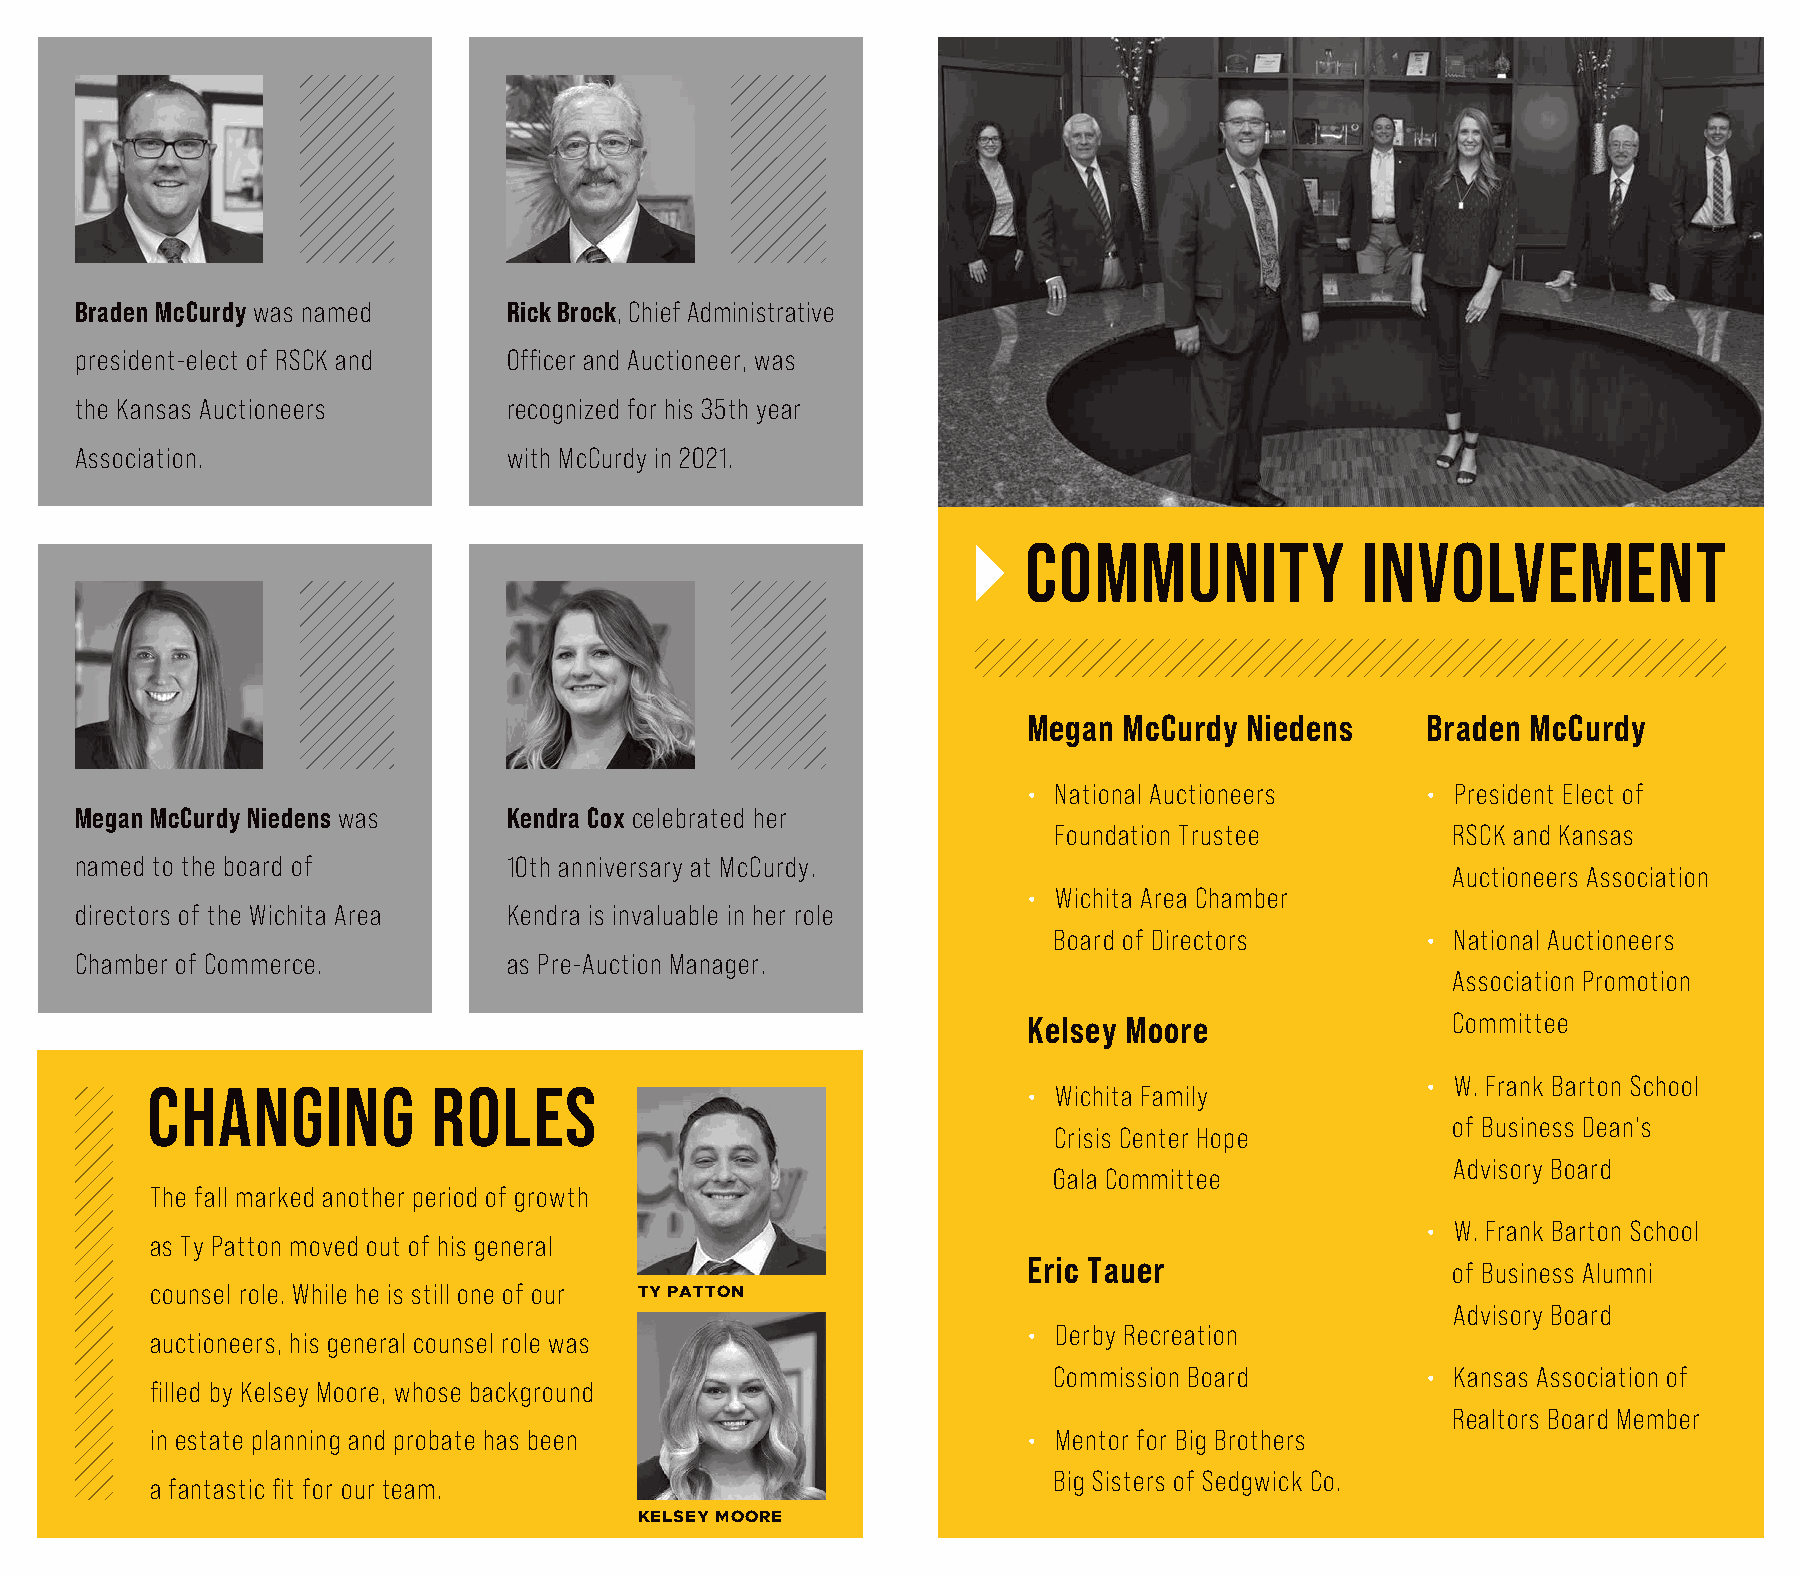
Braden McCurdy was named     Rick Brock, Chief Administrative
 president-elect of RSCK and  Officer and Auctioneer, was
 the Kansas Auctioneers       recognized for his 35th year
 Association.                 with McCurdy in 2021.
 COMMUNITY             INVOLVEMENT
 Megan McCurdy Niedens     Braden McCurdy
 • National Auctioneers    • President Elect of
 Megan McCurdy Niedens was    Kendra Cox celebrated her
 Foundation Trustee        RSCK and Kansas
 named to the board of        10th anniversary at McCurdy.
 Auctioneers Association
 • Wichita Area Chamber
 directors of the Wichita Area Kendra is invaluable in her role
 Board of Directors      • National Auctioneers
 Chamber of Commerce.         as Pre-Auction Manager.
 Association Promotion
 Kelsey Moore                Committee
 • W. Frank Barton School
 CHANGING           ROLES                                  • Wichita Family
 of Business Dean's
 Crisis Center Hope
 Advisory Board
 Gala Committee
 The fall marked another period of growth
 • W. Frank Barton School
 as Ty Patton moved out of his general
 Eric Tauer
 of Business Alumni
 counsel role. While he is still one of our TY PATTON
 Advisory Board
 • Derby Recreation
 auctioneers, his general counsel role was
 Commission Board        • Kansas Association of
 filled by Kelsey Moore, whose background
 Realtors Board Member
 in estate planning and probate has been                   • Mentor for Big Brothers
 Big Sisters of Sedgwick Co.
 a fantastic fit for our team.
 KELSEY MOORE